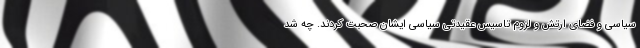
سیاسی و فضای ارتش و لزوم تاسیس عقیدتی سیاسی ایشان صحبت کردند. چه شد